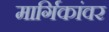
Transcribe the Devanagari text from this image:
मार्गिकांवर